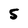
Character: 5